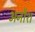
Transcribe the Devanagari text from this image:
अनौश